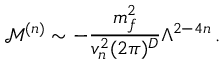
\mathcal { M } ^ { ( n ) } \sim - \frac { m _ { f } ^ { 2 } } { v _ { n } ^ { 2 } ( 2 \pi ) ^ { D } } \Lambda ^ { 2 - 4 n } \, .